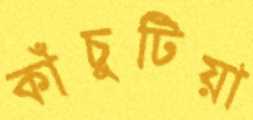
কাঁচুটিয়া